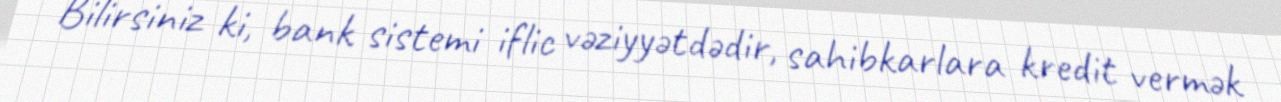
Bilirsiniz ki, bank sistemi iflic vəziyyətdədir, sahibkarlara kredit vermək